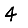
Digit: 4